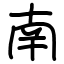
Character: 南